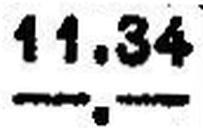
—.—